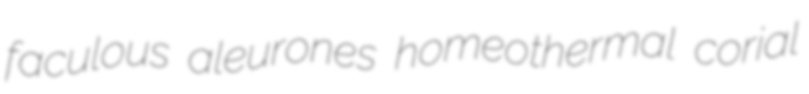
faculous aleurones homeothermal corial